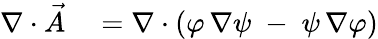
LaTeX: \begin{array}{rl}{\nabla\cdot{\vec{A}}}&{{}=\nabla\cdot(\varphi\, \nabla\psi\; -\; \psi\, \nabla\varphi)}\end{array}